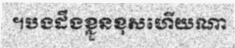
។បងដឹងខ្លួនខុសហើយណា